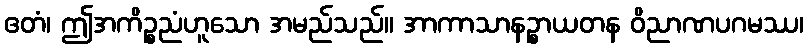
ဧတံ၊ ဤအကိဉ္စညံဟူသော အမည်သည်။ အာကာသာနဉ္စာယတန ဝိညာဏပဂမဿ၊